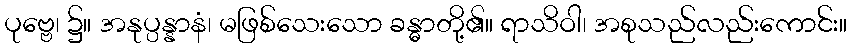
ပုဗ္ဗေ၊ ၌။ အနုပ္ပန္နာနံ၊ မဖြစ်သေးသော ခန္ဓာတို့၏။ ရာသိဝါ၊ အစုသည်လည်းကောင်း။